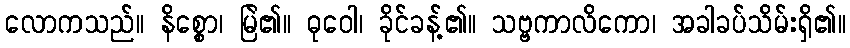
လောကသည်။ နိစ္စော၊ မြဲ၏။ ဓုဝေါ၊ ခိုင်ခန့်၏။ သဗ္ဗကာလိကော၊ အခါခပ်သိမ်းရှိ၏။